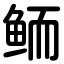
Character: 鲕